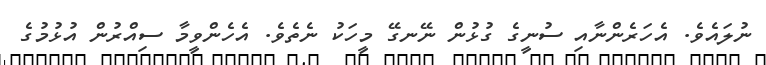
ނުލައެވެ. އެހަރެންނާއި ސުނީގެ ގުޅުން ނޭނގޭ މީހަކު ނެތެވެ. އެހެންވީމާ ސިއްރުން އުޅުމުގެ